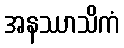
အနဿာသိကံ